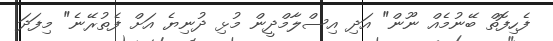
ފެހިފޮތް ބޭނުމެއް ނޫން" އަދި އިސްލާމްދީން މުޅި ދުނިޔެ އަށް ފެތުރޭނެ" މިފަދަ